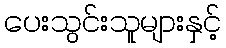
ပေးသွင်းသူများနှင့်